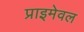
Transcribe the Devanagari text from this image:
प्राइमेवल